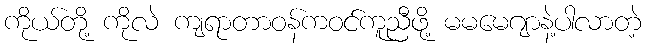
ကိုယ်တို့ ကိုလဲ ကျရာတာဝန်ကဝင်ကူညီဖို့ မမမေဂျာနဲ့ပါလာတဲ့